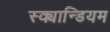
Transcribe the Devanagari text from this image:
स्क्यान्डियम